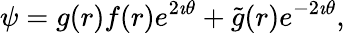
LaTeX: \psi=g(r)f(r)e^{2\imath\theta}+\tilde{g}(r)e^{-2\imath\theta},